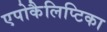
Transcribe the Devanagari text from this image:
एपोकैलिप्टिका